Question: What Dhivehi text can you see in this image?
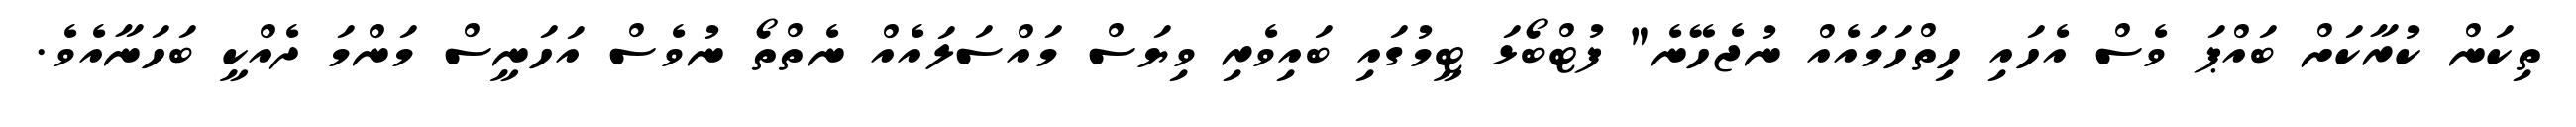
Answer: ތިކަން ކުރާކަށް ބައްޕަ ވެސް އެހައި ހިތްހަމައެއް ނުޖެހޭނެ" ފުޓްބޯޅަ ޓީމުގައި ބައިވެރި ވިޔަސް މައްސަލައެއް ނެތްތޯ ނުވެސް އަހަނީސް މަންމަ ދެއްކީ ބަހަނާއެވެ.